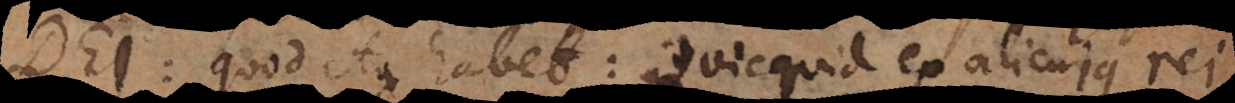
Dei, quod ita habet: Quicquid ex alicujus rei